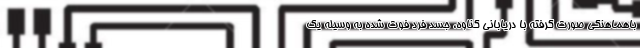
باهماهنگی صورت گرفته با دریابانی گناوه، جسد فرد فوت شده به وسیله یک